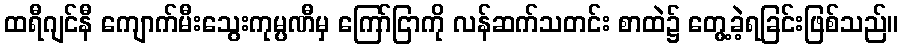
ထရီဂျင်နီ ကျောက်မီးသွေးကုမ္ပဏီမှ ကြော်ငြာကို လန်ဆက်သတင်း စာထဲ၌ တွေ့ခဲ့ရခြင်းဖြစ်သည်။